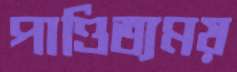
পাণ্ডিত্যময়